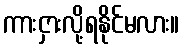
ကားငှားလို့ရနိုင်မလား။